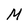
Character: M